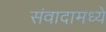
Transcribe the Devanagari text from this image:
संवादामध्ये